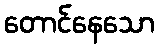
တောင်နေသော